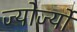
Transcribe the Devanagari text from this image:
ज्योर्ज्यो